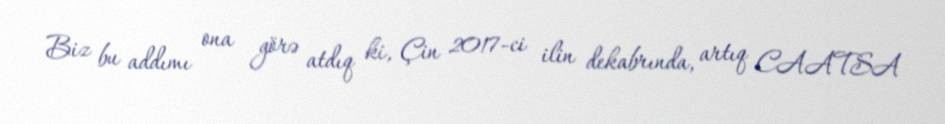
Biz bu addımı ona görə atdıq ki, Çin 2017-ci ilin dekabrında, artıq CAATSA